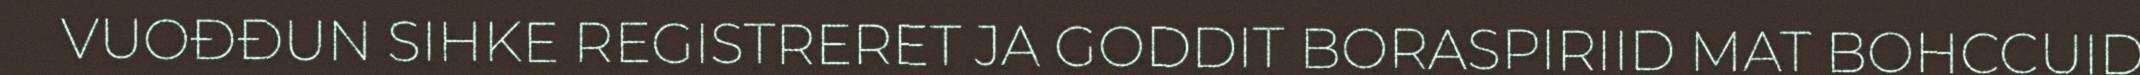
VUOĐĐUN SIHKE REGISTRERET JA GODDIT BORASPIRIID MAT BOHCCUID